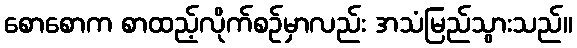
စောစောက စာထည့်လိုက်စဉ်မှာလည်း အသံမြည်သွားသည်။